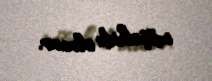
müşahidə olunur.